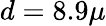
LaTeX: d=8.9\mu